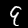
Label: 9